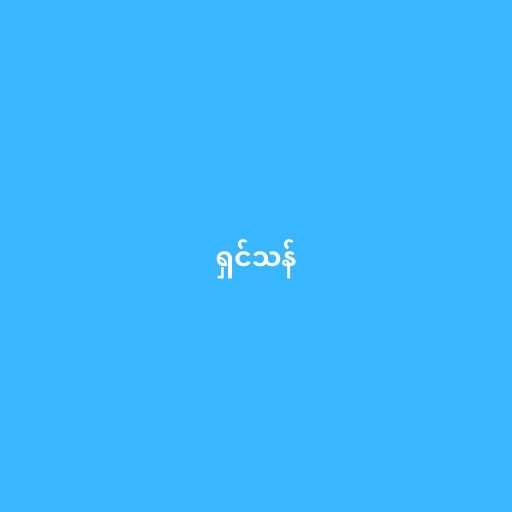
ရှင်သန်